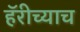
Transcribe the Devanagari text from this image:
हॅरीच्याच